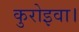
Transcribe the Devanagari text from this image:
कुरोइवा।